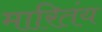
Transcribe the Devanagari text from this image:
मारितंय